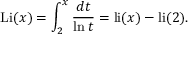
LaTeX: \operatorname { L i } ( x ) = \int _ { 2 } ^ { x } { \frac { d t } { \ln t } } = \operatorname { l i } ( x ) - \operatorname { l i } ( 2 ) .